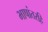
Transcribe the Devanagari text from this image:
भाषांतरहि